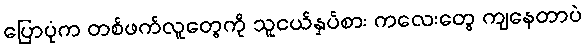
ပြောပုံက တစ်ဖက်လူတွေကို သူငယ်နှပ်စား ကလေးတွေ ကျနေတာပဲ